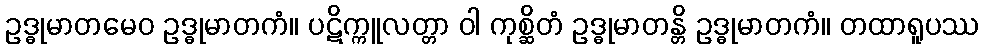
ဥဒ္ဓုမာတမေဝ ဥဒ္ဓုမာတကံ။ ပဋိက္ကူလတ္တာ ဝါ ကုစ္ဆိတံ ဥဒ္ဓုမာတန္တိ ဥဒ္ဓုမာတကံ။ တထာရူပဿ